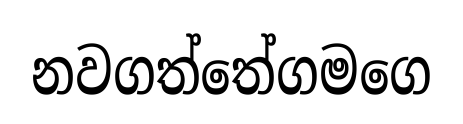
නවගත්තේගමගෙ